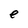
Character: e